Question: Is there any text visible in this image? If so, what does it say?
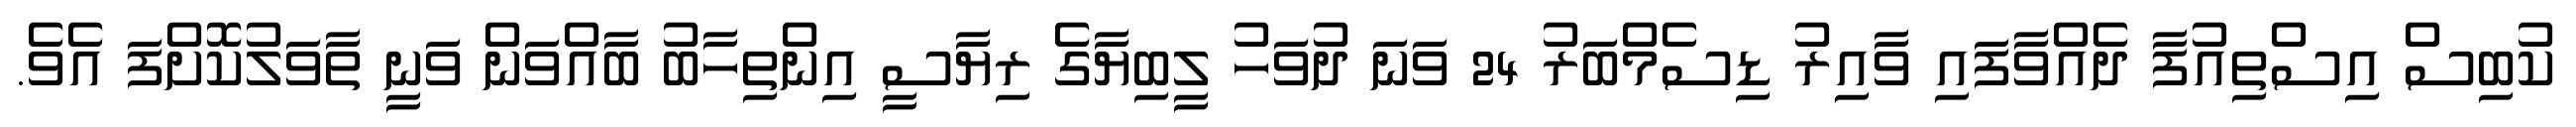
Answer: ކުބިސް އިސްތިއުފާ ދެއްވާފައި ވާއިރު ޑިސެމްބަރު 24 ވަނަ ދުވަހު ލީބިޔާގެ ރިޔާސީ އިންތިހާބު ބާއްވަން ވަނީ ތާވަލުކޮށްފަ އެވެ.